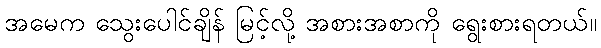
အမေက သွေးပေါင်ချိန် မြင့်လို့ အစားအစာကို ရွေးစားရတယ်။